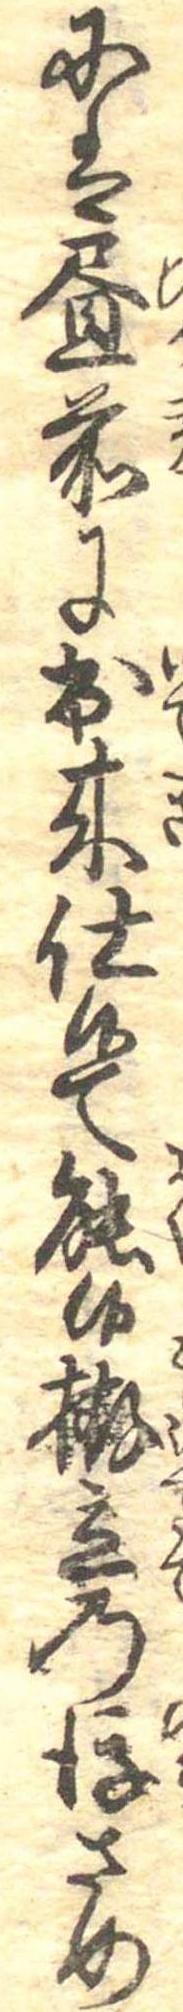
には昼前に出来仕候て能候拵立の後さめ